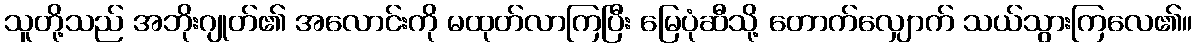
သူတို့သည် အဘိုးဂျုတ်၏ အလောင်းကို မထုတ်လာကြပြီး မြေပုံဆီသို့ တောက်လျှောက် သယ်သွားကြလေ၏။